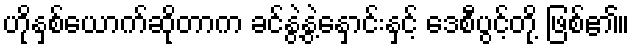
ဟိုနှစ်ယောက်ဆိုတာက ခင်နွဲ့နွဲ့နှောင်းနှင့် ဒေစီပွင့်တို့ ဖြစ်၏။